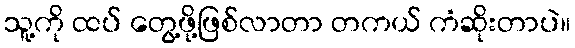
သူ့ကို ထပ် တွေ့ဖို့ဖြစ်လာတာ တကယ် ကံဆိုးတာပဲ။